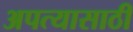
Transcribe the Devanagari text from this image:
अपत्यासाठी